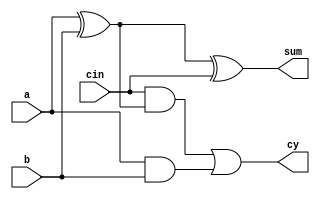
module fa(input a,b,cin, output sum,cy);

xor(sum,a,b,cin);
xor(w1,a,b);

and(w2,cin,w1);
and(w3,a,b);
or(cy,w2,w3);

endmodule